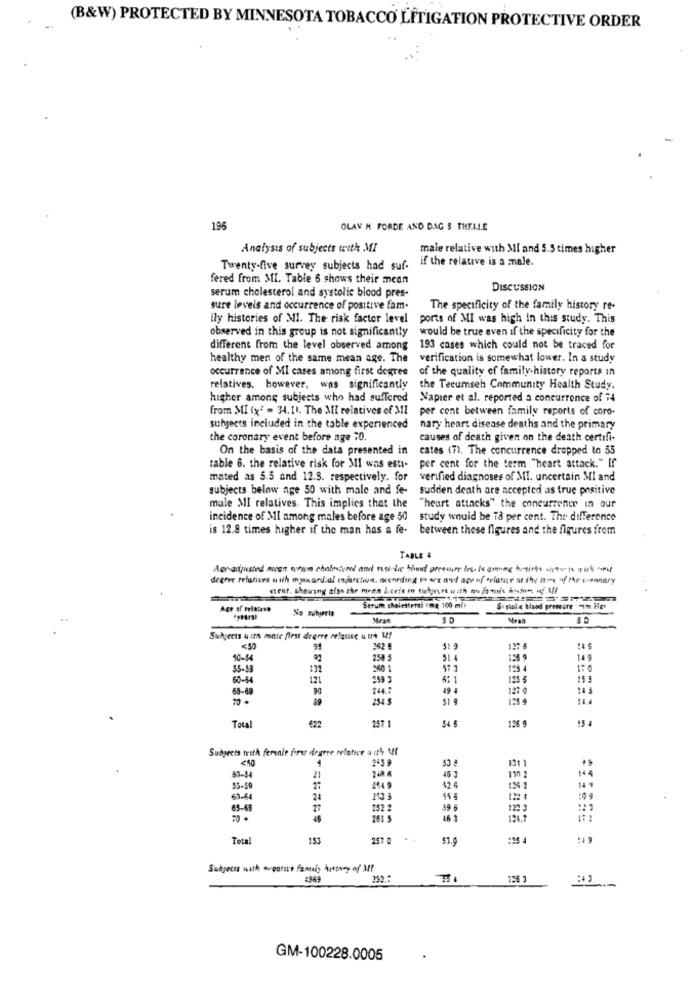
(B&W) PROTECTED BY MINNESOTA TOBACCO LITIGATION PROTECTIVE ORDER
196
OLAV H FORDE AND DAG S THELLE
Analysis of subjects with MI
male relative with MI and 5.5 times higher
if the relative is a male.
Twenty-five survey subjects had suf-
fered from MI. Table 6 shows their mean
serum cholesterol and systolic blood pres-
DISCUSSION
sure levels and occurrence of positive fam.
The specificity of the family history re-
ily histories of MI. The risk factor level
ports of MI was high In this study. This
observed in this group is not significantly
would be true even if the specificity for the
different from the level observed among
193 cases which could not be traced for
healthy men of the same mean age. The
verification is somewhat lower. In a study
occurrence of MI cases among first degree
of the quality of family-history reports in
relatives. however, was significantly the Tecumseh Community Health Study.
higher among subjects who had suffered Napier et al. reported a concurrence of 74
from MI (x" = 34. 1). The MI relatives of MI
per cont between family reports of coro-
subjects included in the table experienced
nary heart disease deaths and the primary
the coronary event before age 70.
causes of death given on the death certifi-
On the basis of the data presented in
cates (7). The concurrence dropped to 55
table 6. the relative risk for MI was esti-
per cent for the term "heart attack." If
mated as 5.5 and 12.3. respectively. for
verified diagnoses of MI. uncertain Ml and
subjects below age 50 with male and fe-
sudden death are accepted as true positive
male MI relatives. This implies that the
"heart attacks" the concurrence in our
incidence of MI among males before age 50 study would be 73 per cent. The difference
is 12.8 times higher if the man has a fe- between these figures and the figures from
TABLE 4
denadjusted moren ausm chalesigned and war die wind pressure ins is samme brings -100
onest showing olan che moon beets in salucure with foris Artor of all
Ace af relatave
Serum cholestersi :ma 100 ml
$. stole tuod gressare "I'm Hey
ytral
Mean
50
Mraa
Subjects u in mate first degree relquase u tre !
< 50
99
262 8
51 9
137
50-54
258 5
128 9
14 9
350 1
123 4
1:0
60-44
121
6* 1
125 6
15 5
65-69
90
24.
49 4
12: 0
14 3
70 +
254
51 9
257
54 6
Total
422
126 $
Subjects trith ferenle first degree relative with MY
<50
243 9
144
46 3
110 2
33-59
1449
42 4
126 2
14 1
24
10 3
:09
65-69
27
252 2
59 6
1223
46 3
124.7
Tota
153
257 @
$1.0
Subjects with exposure family hasany of MY
252 :
126 3
GM-100228.0005